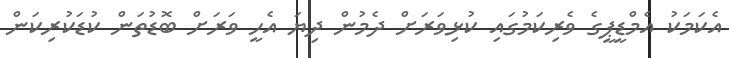
އެކަމަކު އެމްޑީޕީގެ ވެރިކަމުގައި ކުޅިވަރަށް ދެމުން ދިޔަ އެހީ ވަރަށް ބޮޑުތަން ކުޑަކުރިކަން